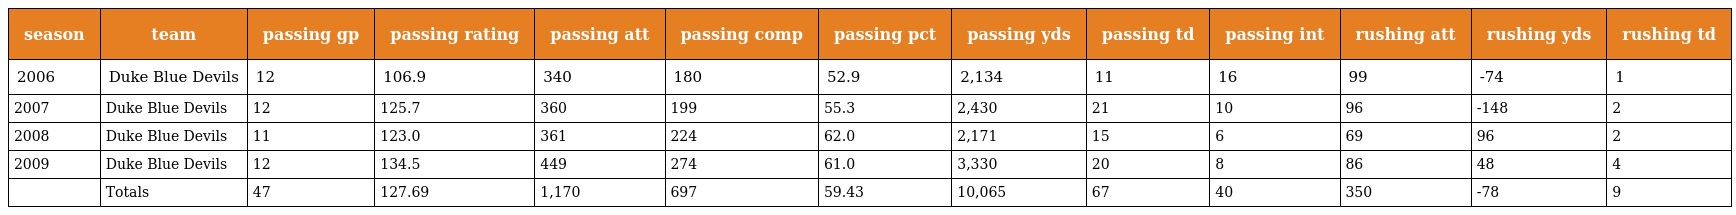
| season | team | passing gp | passing rating | passing att | passing comp | passing pct | passing yds | passing td | passing int | rushing att | rushing yds | rushing td |
 | --- | --- | --- | --- | --- | --- | --- | --- | --- | --- | --- | --- | --- |
 | 2006 | Duke Blue Devils | 12 | 106.9 | 340 | 180 | 52.9 | 2,134 | 11 | 16 | 99 | -74 | 1 |
 | 2007 | Duke Blue Devils | 12 | 125.7 | 360 | 199 | 55.3 | 2,430 | 21 | 10 | 96 | -148 | 2 |
 | 2008 | Duke Blue Devils | 11 | 123.0 | 361 | 224 | 62.0 | 2,171 | 15 | 6 | 69 | 96 | 2 |
 | 2009 | Duke Blue Devils | 12 | 134.5 | 449 | 274 | 61.0 | 3,330 | 20 | 8 | 86 | 48 | 4 |
 |  | Totals | 47 | 127.69 | 1,170 | 697 | 59.43 | 10,065 | 67 | 40 | 350 | -78 | 9 |